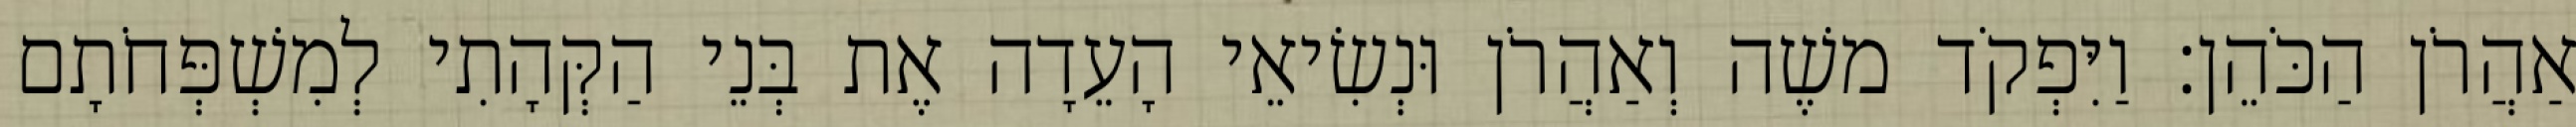
אַהֲרֹן הַכֹּהֵן׃ וַיִּפְקֹד משֶׁה וְאַהֲרֹן וּנְשִׂיאֵי הָעֵדָה אֶת בְּנֵי הַקְּהָתִי לְמִשְׁפְּחֹתָם